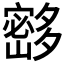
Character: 𰋘